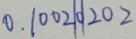
0 . 1 0 0 2 \vert 0 \vert 2 0 2